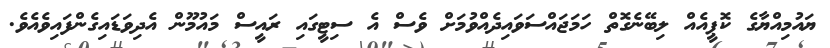
ޔައުމިއްޔާގެ ކޮޕީއެއް ލިބޭނެގޮތް ހަމަޖައްސަވައިދެއްވުމަށް ވެސް އެ ސިޓީގައި ރައީސް މައުމޫން އެދިވަޑައިގެންފައިވެއެވެ.